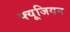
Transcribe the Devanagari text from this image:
फ्यूजियन